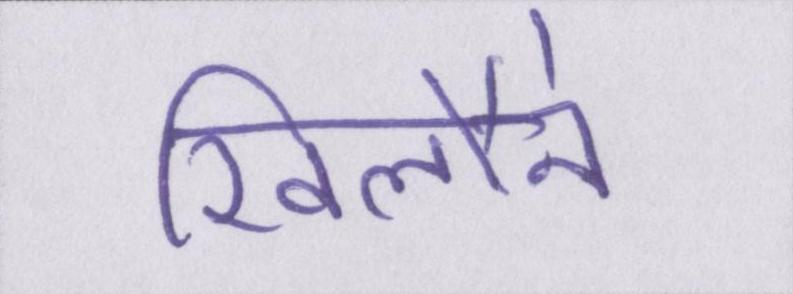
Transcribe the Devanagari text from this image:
खिलौने